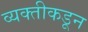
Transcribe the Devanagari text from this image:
व्यक्‍तीकडून